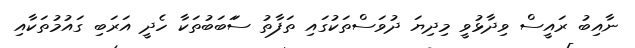
ނާއިބު ރައީސް ވިދާޅުވީ މިދިޔަ ދުވަސްތަކުގައި ތަފާތު ސަަބަބުތަކާ ހެދީ އަރަބި ގައުމުތަކާއި